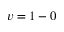
v = 1 - 0